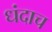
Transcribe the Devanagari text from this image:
धंदाच